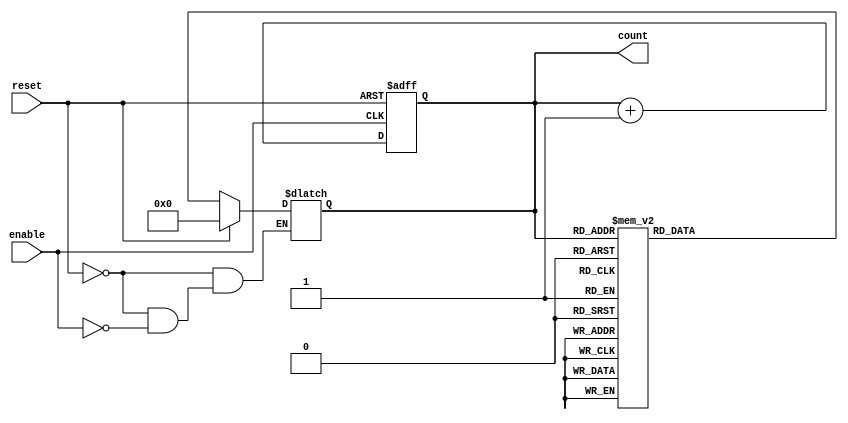
module async_counter (
    input wire enable,       // Active high enable signal
    input wire reset,        // Active high asynchronous reset signal
    output reg [3:0] count   // 4-bit output count
);

// Asynchronous reset and counting logic
always @(*) begin
    if (reset) begin
        count = 4'b0000;    // Reset count to 0
    end else if (enable) begin
        // Counting logic
        case (count)
            4'b0000: count = 4'b0001;
            4'b0001: count = 4'b0010;
            4'b0010: count = 4'b0011;
            4'b0011: count = 4'b0100;
            4'b0100: count = 4'b0101;
            4'b0101: count = 4'b0110;
            4'b0110: count = 4'b0111;
            4'b0111: count = 4'b1000;
            4'b1000: count = 4'b1001;
            4'b1001: count = 4'b1010;
            4'b1010: count = 4'b1011;
            4'b1011: count = 4'b1100;
            4'b1100: count = 4'b1101;
            4'b1101: count = 4'b1110;
            4'b1110: count = 4'b1111;
            4'b1111: count = 4'b0000; // Reset to 0 after reaching max
            default: count = 4'b0000; // Fallback
        endcase
    end
end

// Latch to hold count on rising edge of enable
always @(posedge enable or posedge reset) begin
    if (reset) begin
        count <= 4'b0000; // Synchronously reset
    end else if (enable) begin
        count <= count + 1; // Increment count
    end
end

endmodule